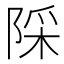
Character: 𨺉